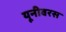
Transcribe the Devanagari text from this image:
यूनीवरस